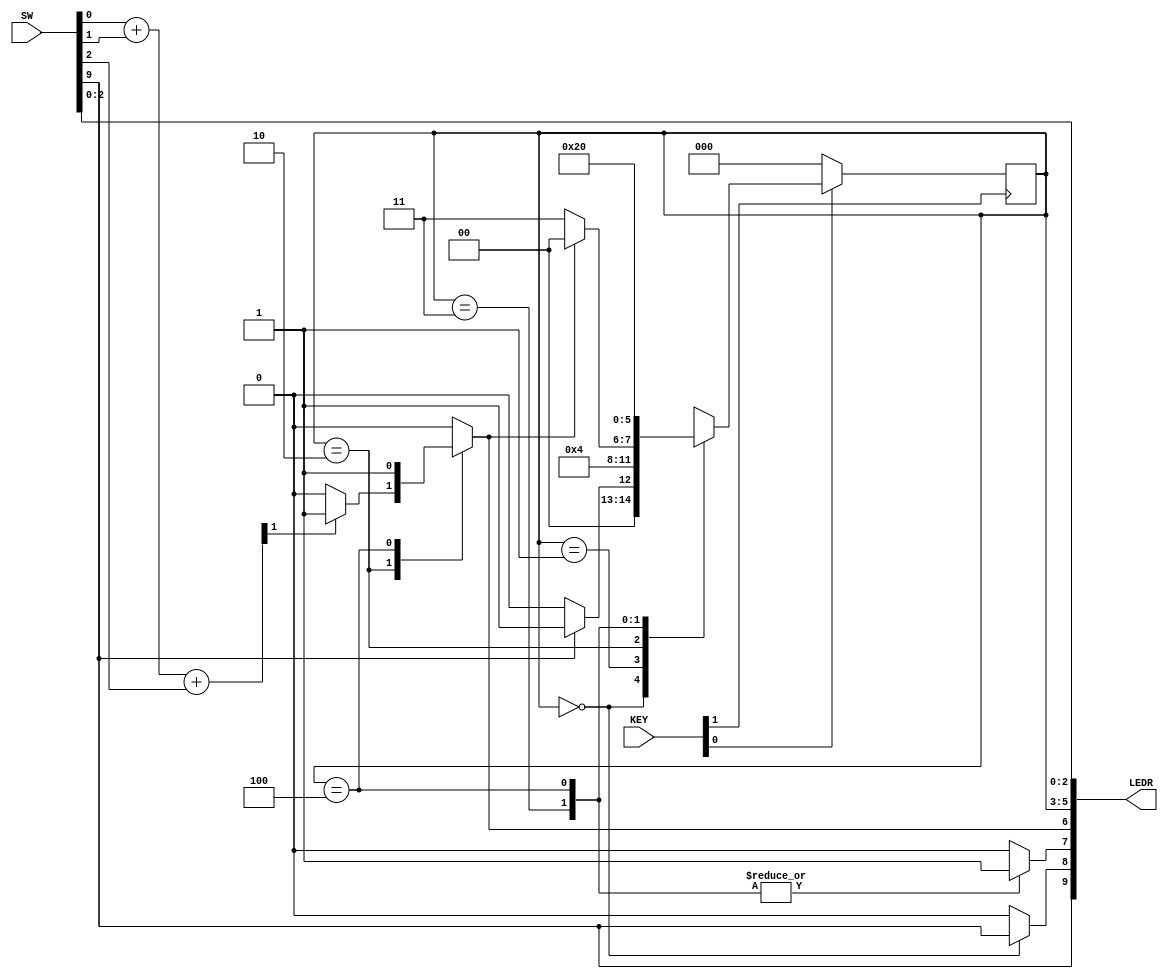
// An FSM that controls the cookie machine
// KEY0 is the active low synchronous reset, KEY1 is the clock
// SW9 is Run, SW0 is Sensor[0], SW1 is Sensor[1], SW2 is Sensor[2]
// The z output appears on LEDR9, and the state FFs appear on LEDR1..0
module FSM_control (SW, KEY, LEDR);
	input [9:0] SW;
	input [1:0] KEY;
	output [9:0] LEDR;

	wire Clock, Resetn, Run, R;
	reg New, Wrap, Done;
	wire [2:0] Sensor;								// the three sensors
	wire [1:0] Sum;
	reg [2:0] y_Q, Y_D;

	assign Resetn = KEY[0];
	assign Clock = KEY[1];
	assign Run = SW[9];
	assign Sensor = SW[2:0];

	parameter T0 = 3'b000, T1 = 3'b001, T2 = 3'b010, T3 = 3'b011, T4 = 3'b100;
		
	// Control FSM state table
	always @(Run, Done, y_Q)
	begin: state_table
		case (y_Q)
			T0:
				if (!Run) Y_D = T0;
			 	else Y_D = T1;
			T1:
 				Y_D = T2;
			T2:
				if (Done) Y_D = T0;
				else Y_D = T3;
			T3:
 				Y_D = T4;
			T4:
				Y_D = T0;
			default:
				Y_D = 3'bxxx;
		endcase
	end // state_table

	// Control FSM outputs
	always @(*)
	begin: FSM_outputs
		Done = 1'b0; New = 1'b0; Wrap = 1'b0; 	// all signals need a default value
		case (y_Q)
			T0:
				New = Run;			// get a new cracker when Run is asserted
			T1:
				;				   	// wait cycle for sensors to evaluate
			T2:
				if (R)				// check cookie quality
					Done = 1'b1;	// bad cookie, don't wrap
			T3:
				Wrap = 1'b1;		// start wrapping
			T4:						
			begin
			 	Wrap = 1'b1;		// finish wrapping
	 			Done = 1'b1;
			end
			default:
				;
		endcase
	end // FSM_outputs	

	always @(posedge Clock)
		if (Resetn  == 1'b0)		// synchronous clear
			y_Q <= T0;
		else
			y_Q <= Y_D;

 	assign Sum = Sensor[0] + Sensor[1] + Sensor[2];
	assign R = Sum[1];			// R is equivalent to the carry-out

	assign LEDR[9] = Run;
	assign LEDR[8] = New;
	assign LEDR[7] = Wrap;
	assign LEDR[6] = Done;
	assign LEDR[5:3] = y_Q;
	assign LEDR[2:0] = Sensor;
endmodule